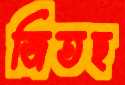
জিতছ